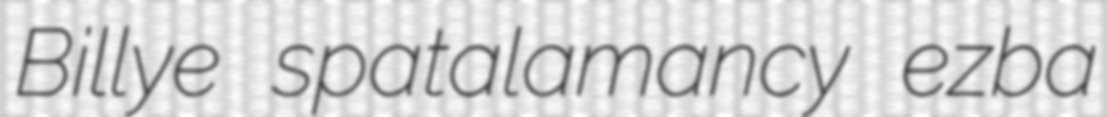
Billye spatalamancy ezba